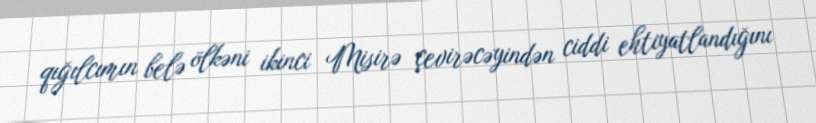
qığılcımın belə ölkəni ikinci Misirə çevirəcəyindən ciddi ehtiyatlandığını